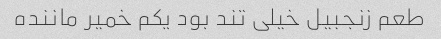
طعم زنجبیل خیلی تند بود یکم خمیر ماننده